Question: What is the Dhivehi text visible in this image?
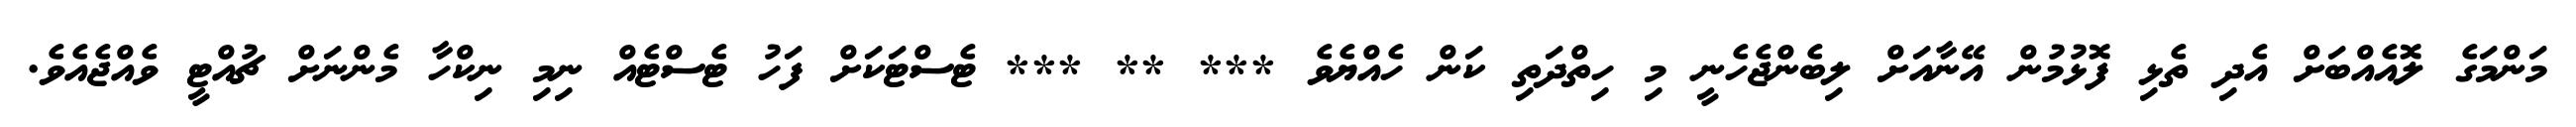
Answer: މަންމަގެ ލޮއެއްބަށް އެދި ތެޅި ފޮޅުމުން އޭނާއަށް ލިބެންޖެހެނީ މި ހިތްދަތި ކަން ހެއްޔެވެ *** ** *** ޓެސްޓަކަށް ފަހު ޓެސްޓެއް ނިމި ނިކްހާ މެންނަށް ޗުއްޓީ ވެއްޖެއެވެ.